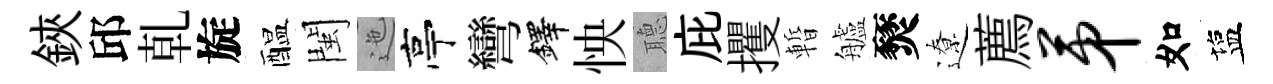
鋏邱乹旋醖閩迤亭彎鐸怏𦗟庇攫暫艫燹遼薦第如塩